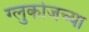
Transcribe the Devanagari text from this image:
ग्लुकोजच्या